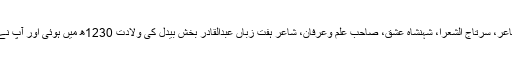
برصغیر کے عظیم المرتبت صوفی شاعر، سرتاج الشعرا، شہنشاہ عشق، صاحبِ علم وعرفان، شاعر ہفت زباں عبدالقادر بخش بیدل کی ولادت 1230ھ میں ہوئی اور آپ نے 1289ھ (1873ء) میں وفات پائی۔